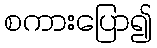
စကားပြော၍